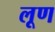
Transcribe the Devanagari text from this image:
लूण